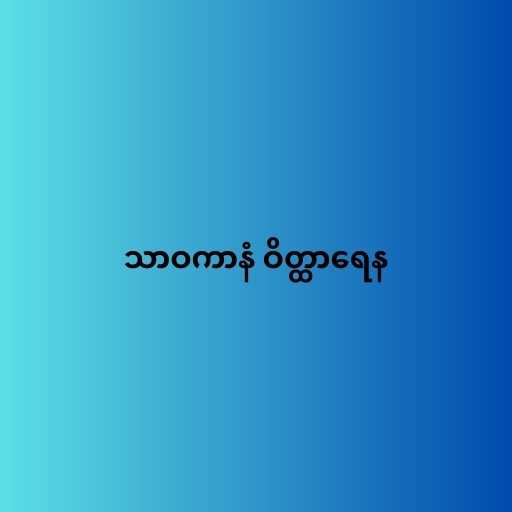
သာဝကာနံ ဝိတ္ထာရေန